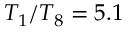
T _ { 1 } / T _ { 8 } = 5 . 1